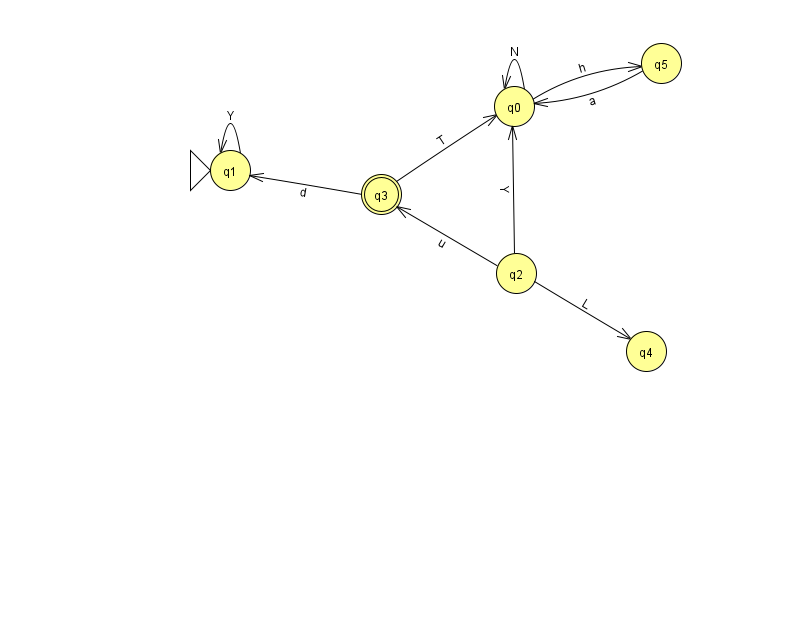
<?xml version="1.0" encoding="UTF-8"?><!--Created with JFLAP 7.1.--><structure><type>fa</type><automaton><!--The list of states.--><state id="0" name="q0"><x>514.0</x><y>93.0</y></state><state id="1" name="q1"><x>230.0</x><y>157.0</y><initial/></state><state id="2" name="q2"><x>516.0</x><y>260.0</y></state><state id="3" name="q3"><x>381.0</x><y>181.0</y><final/></state><state id="4" name="q4"><x>646.0</x><y>338.0</y></state><state id="5" name="q5"><x>661.0</x><y>50.0</y></state><!--The list of transitions.--><transition><from>2</from><to>4</to><read>L</read></transition><transition><from>0</from><to>5</to><read>h</read></transition><transition><from>2</from><to>3</to><read>u</read></transition><transition><from>2</from><to>0</to><read>Y</read></transition><transition><from>1</from><to>1</to><read>Y</read></transition><transition><from>3</from><to>0</to><read>T</read></transition><transition><from>3</from><to>1</to><read>d</read></transition><transition><from>5</from><to>0</to><read>a</read></transition><transition><from>0</from><to>0</to><read>N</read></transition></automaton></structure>